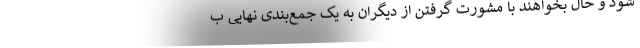
شود و حال بخواهند با مشورت گرفتن از دیگران به یک جمع‌بندی نهایی ب